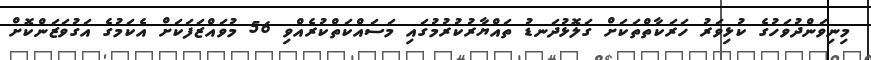
މިނިވަންދުވަހުގެ ކުޅިވަރު ހަރަކާތްތަކަށް ގަލޮޅުދަނޑު ތައްޔާރުކުރުމުގައި މަސައްކަތްކުރެއްވި 56 މުވައްޒަފަކަށް އެކަމުގެ އަގުވަޒަންކޮށް